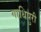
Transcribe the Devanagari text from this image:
गाधिपुरी